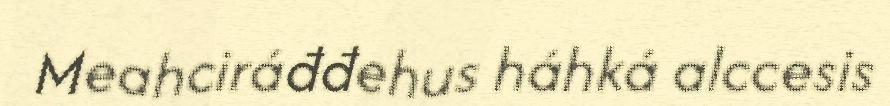
Meahciráđđehus háhká alccesis